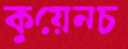
কুয়েনচ